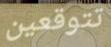
تتوقعين